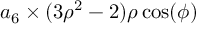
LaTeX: a _ { 6 } \times ( 3 \rho ^ { 2 } - 2 ) \rho \cos ( \phi )